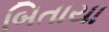
બિતાયા